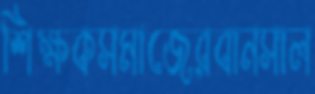
শিক্ষকসমাজেরবানসাল